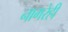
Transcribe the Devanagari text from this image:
नागरेही